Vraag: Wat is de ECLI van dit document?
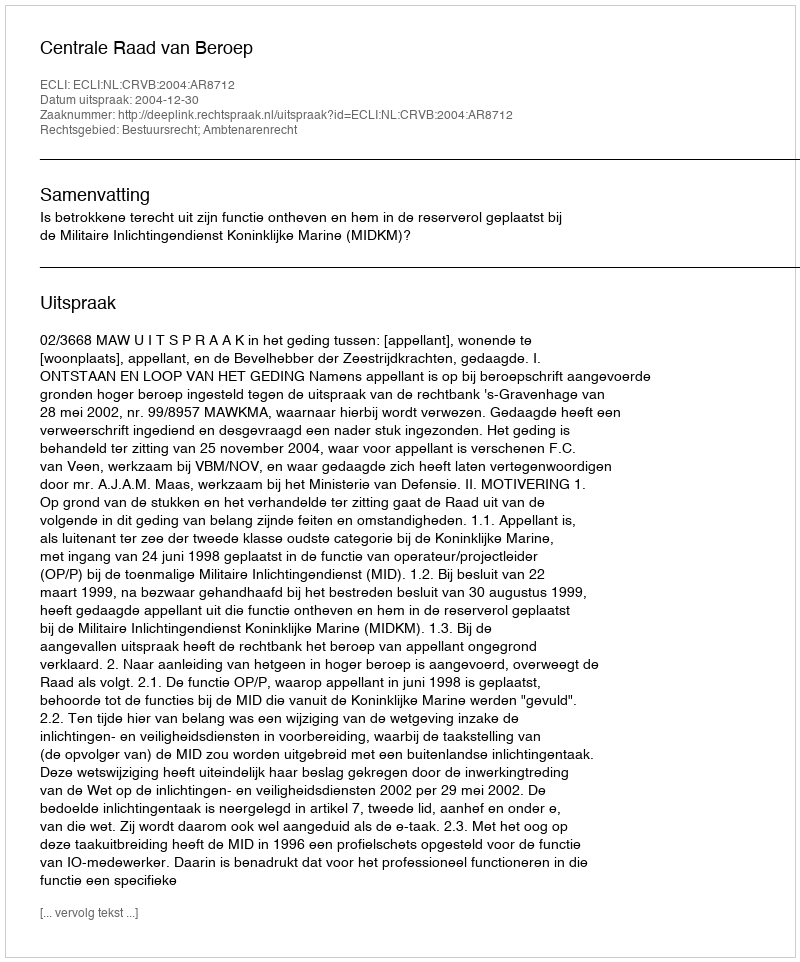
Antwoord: ECLI:NL:CRVB:2004:AR8712